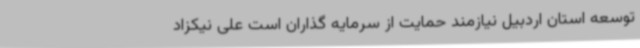
توسعه استان اردبیل نیازمند حمایت از سرمایه گذاران است علی نیکزاد